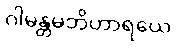
ဂါမန္တမဘိဟာရယေ